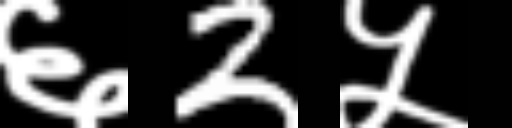
Text: ६2५